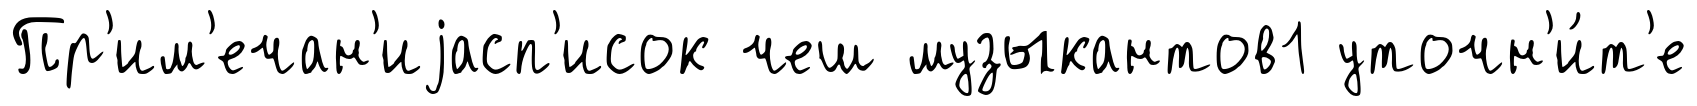
Пр'им'ечан'иjасп'исок чеш музыкантов1 уточн'и́т'е